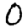
Digit: 0